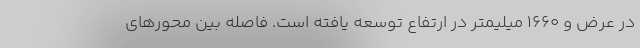
در عرض و 1660 میلیمتر در ارتفاع توسعه یافته است. فاصله بین محورهای